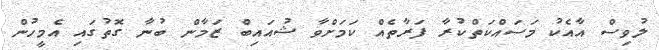
ލުވިސް އާއެކު މަސައްކަތްކުރާ ފަރާތެއް ކަމަށްވާ ޝުއައިބް ޒަމާން ބުނާ ގޮތުގައި އެމީހުން